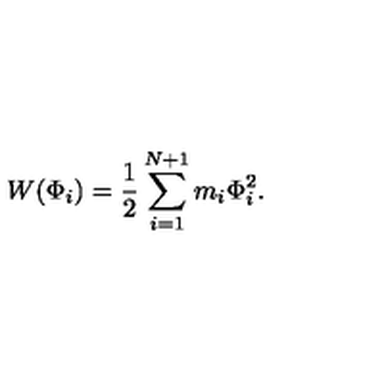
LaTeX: W ( \Phi _ { i } ) = { \frac { 1 } { 2 } } \sum _ { i = 1 } ^ { N + 1 } m _ { i } \Phi _ { i } ^ { 2 } .